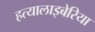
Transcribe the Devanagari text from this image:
हत्यालाइबेरिया